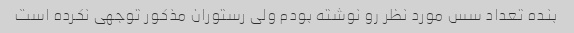
بنده تعداد سس مورد نظر رو نوشته بودم ولی رستوران مذکور توجهی نکرده است